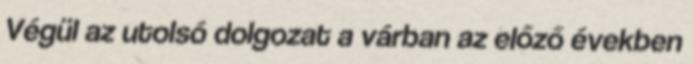
Végül az utolsó dolgozat a várban az előző években